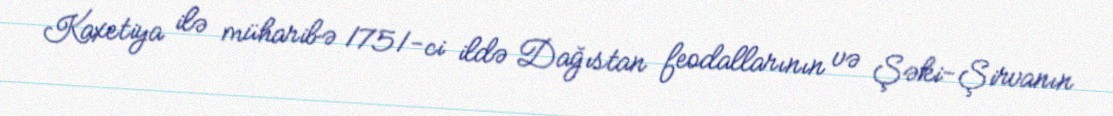
Kaxetiya ilə müharibə 1751-ci ildə Dağıstan feodallarının və Şəki-Şirvanın